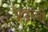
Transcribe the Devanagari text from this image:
अदारजी